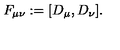
F _ { \mu \nu } : = [ D _ { \mu } , D _ { \nu } ] .